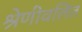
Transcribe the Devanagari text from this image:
श्रेणीवलित